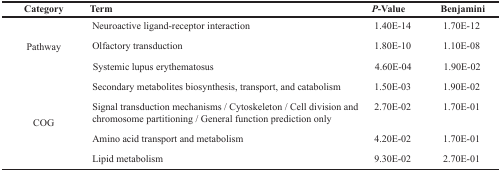
| Category | Term | P-Value | Benjamini |
 | --- | --- | --- | --- |
 | <ROWSPAN=4> Pathway | Neuroactive ligand-receptor interaction | 1.40E-14 | 1.70E-12 |
 | Olfactory transduction | 1.80E-10 | 1.10E-08 |
 | Systemic lupus erythematosus | 4.60E-04 | 1.90E-02 |
 | Secondary metabolites biosynthesis, transport, and catabolism | 1.50E-03 | 1.90E-02 |
 | <ROWSPAN=3> COG | Signal transduction mechanisms / Cytoskeleton / Cell division and chromosome partitioning / General function prediction only | 2.70E-02 | 1.70E-01 |
 | Amino acid transport and metabolism | 4.20E-02 | 1.70E-01 |
 | Lipid metabolism | 9.30E-02 | 2.70E-01 |